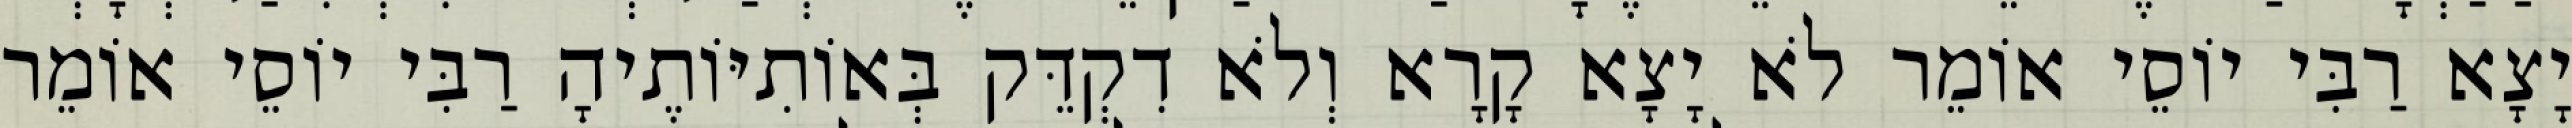
יָצָא רַבִּי יוֹסֵי אוֹמֵר לֹא יָצָא קָרָא וְלֹא דִקְדֵּק בְּאוֹתִיּוֹתֶיהָ רַבִּי יוֹסֵי אוֹמֵר